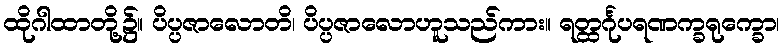
ထိုဂါထာတို့၌။ ပိပ္ပဇာလောတိ၊ ပိပ္ပဇာလောဟူသည်ကား။ ရတ္ထင်္ဂုပရဏက္ခရုက္ခော၊